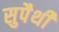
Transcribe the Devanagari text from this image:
सुपैथी